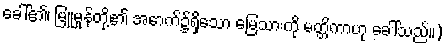
ခေါ်၏၊ မြူမှုန်တို့၏ အောက်၌ရှိသော မြေသားကို မတ္တိကာဟု ခေါ်သည်။)